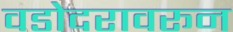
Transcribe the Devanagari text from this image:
वडोदरावरून